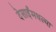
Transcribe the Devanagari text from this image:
देसाईंमधल्या